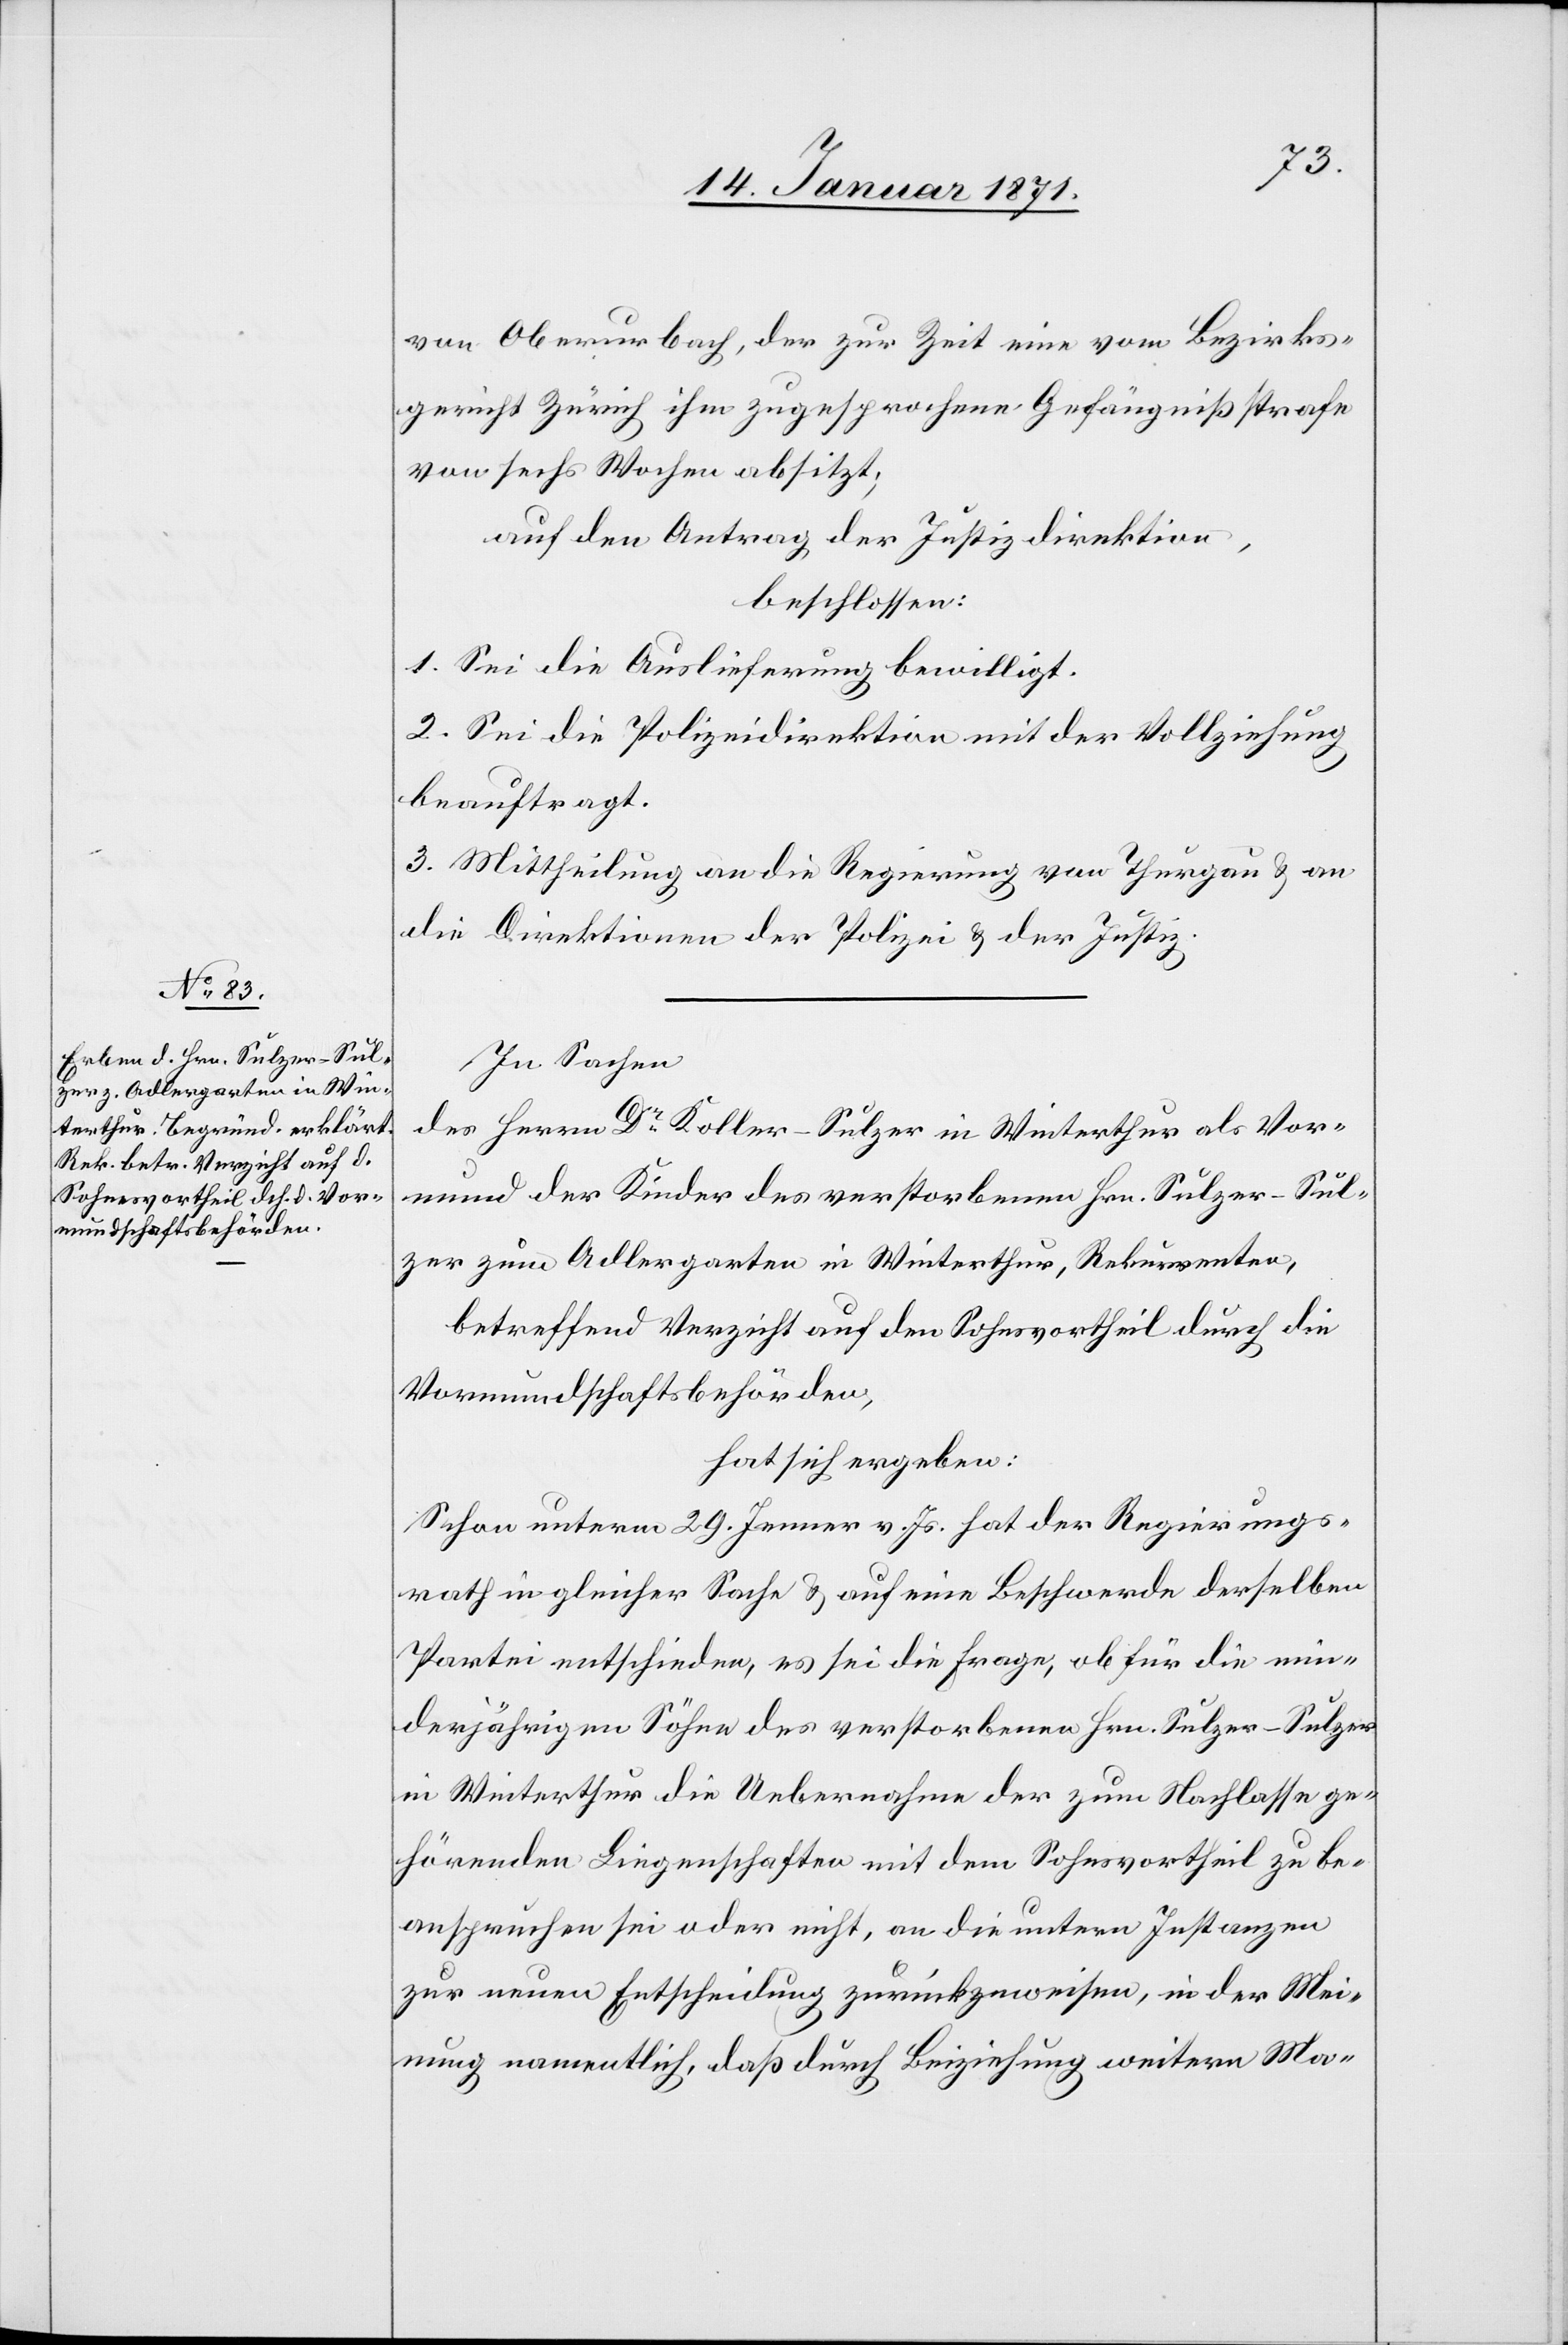
von Oberurbach, der zur Zeit eine vom Bezirks¬
gericht Zürich ihm zugesprochene Gefängnißstrafe
von sechs Wochen absitzt,
auf den Antrag der Justizdirektion,
beschlossen:
1. Sei die Auslieferung bewilligt.
2. Sei die Polizeidirektion mit der Vollziehung
beauftragt.
3. Mittheilung an die Regierung von Thurgau u. an
die Direktion der Polizei u. der Justiz.
In Sachen
des Herrn Dr. Koller-Sulzer in Winterthur als Vor¬
mund der Kinder des verstorbenen Hrn. Sulzer-Sul¬
zer zum Adlergarten in Winterthur, Rekurrenten,
betreffend Verzicht auf den Sohnsvortheil durch die
Vormundschaftsbehörden,
hat sich ergeben:
Schon unterm 29. Jenner v. Js. hat der Regierungs¬
rath in gleicher Sache u. auf eine Beschwerde derselben
Partei entschieden, es sei die Frage, ob für die min¬
derjährigen Söhne des verstorbenen Hrn. Sulzer-Sulzer
in Winterthur die Uebernahme der zum Nachlasse ge¬
hörenden Liegenschaften mit dem Sohnsvortheil zu be¬
anspruchen sei oder nicht, an die untern Instanzen
zur neuen Entscheidung zurückgewiesen, in der Mei¬
nung namentlich, daß durch Beiziehung weiteren Ma-